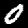
Label: 0